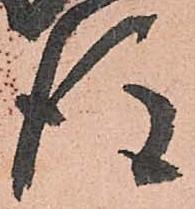
後